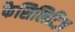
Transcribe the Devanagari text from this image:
फैसिलिटिज़